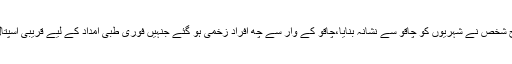
لندن پولیس کے مطابق یہ واقعہ گزشتہ روز لندن کے علاقے رسل سکوائر میں پیش آیا جہاں مسلح شخص نے شہریوں کو چاقو سے نشانہ بنایا،چاقو کے وار سے چھ افراد زخمی ہو گئے جنہیں فوری طبی امداد کے لیے قریبی اسپتال منتقل کر دیا گیا جہاں ایک خاتون زخموں کی تاب نہ لاتے ہوئے دورانِ علاج جاں بحق ہو گئی۔